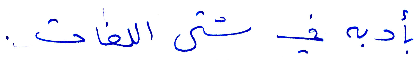
بأدبه في شتى اللغات.